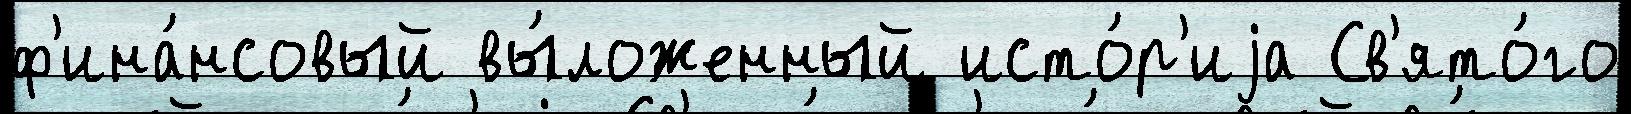
ф'ина́нсовый вы́ложенный исто́р'иjа Св'ято́го